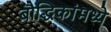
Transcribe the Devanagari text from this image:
बौद्धिकांमध्ये